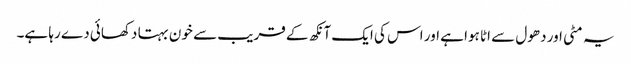
یہ مٹی اور دھول سے اٹا ہوا ہے اور اس کی ایک آنکھ کے قریب سے خون بہتا دکھائی دے رہا ہے۔